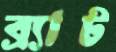
ব্র্যাট